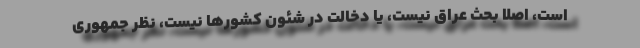
است، اصلا بحث عراق نیست، یا دخالت در شئون کشورها نیست، نظر جمهوری